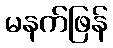
မနက်ဖြန်